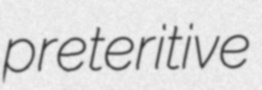
preteritive